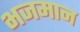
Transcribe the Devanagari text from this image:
भजमान